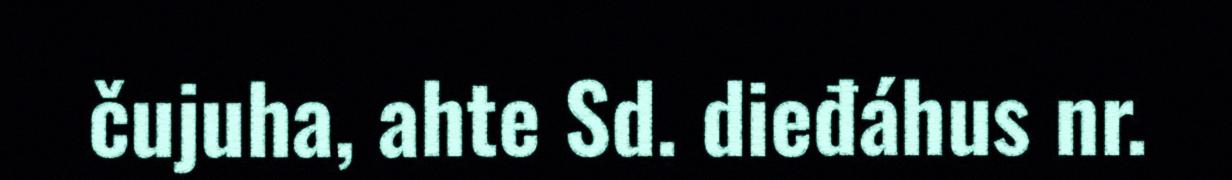
čujuha, ahte Sd. dieđáhus nr.